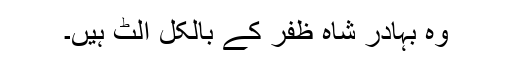
وہ بہادر شاہ ظفر کے بالکل الٹ ہیں۔